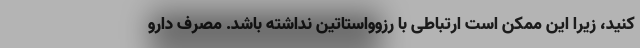
کنید، زیرا این ممکن است ارتباطی با رزوواستاتین نداشته باشد. مصرف دارو